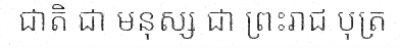
ជាតិ ជា មនុស្ស ជា ព្រះរាជ បុត្រ